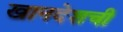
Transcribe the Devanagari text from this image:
खानदेशची